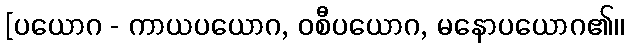
[ပယောဂ - ကာယပယောဂ, ဝစီပယောဂ, မနောပယောဂ၏၊၊